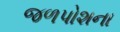
જળપોશના